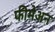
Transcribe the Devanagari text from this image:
फीमेअन